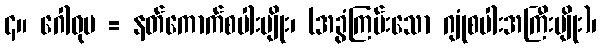
၄။ ဂေါဓုမ = နတ်ကောက်စပါးမျိုး၊ (အခွံကြမ်းသော ဂျုံစပါးအကြီးမျိုး)၊